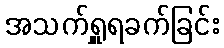
အသက်ရှူရခက်ခြင်း